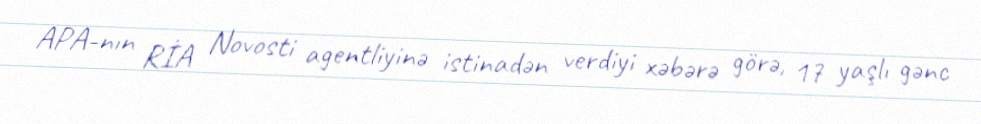
APA-nın RİA Novosti agentliyinə istinadən verdiyi xəbərə görə, 17 yaşlı gənc